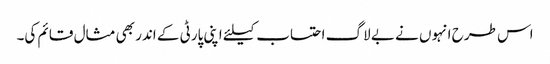
اس طرح انہوں نے بے لاگ احتساب کیلئے اپنی پارٹی کے اندر بھی مثال قائم کی۔